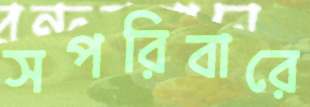
সপরিবারে